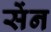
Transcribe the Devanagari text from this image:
सेंन